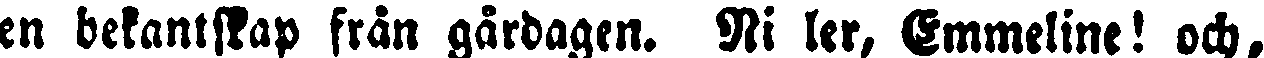
en bekantskap från gårdagen. Ni ler, Emmeline! och,